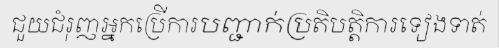
ជួយជំរុញអ្នកប្រើការបញ្ជាក់ប្រតិបត្តិការទៀងទាត់